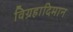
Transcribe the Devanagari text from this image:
विग्रहादिमान